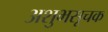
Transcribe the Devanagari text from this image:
अशुभसूचक